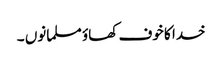
خدا کا خوف کھاؤ مسلمانوں ۔